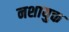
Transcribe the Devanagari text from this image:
नशायुक्त